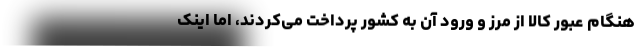
هنگام عبور کالا از مرز و ورود آن به کشور پرداخت می‌کردند، اما اینک